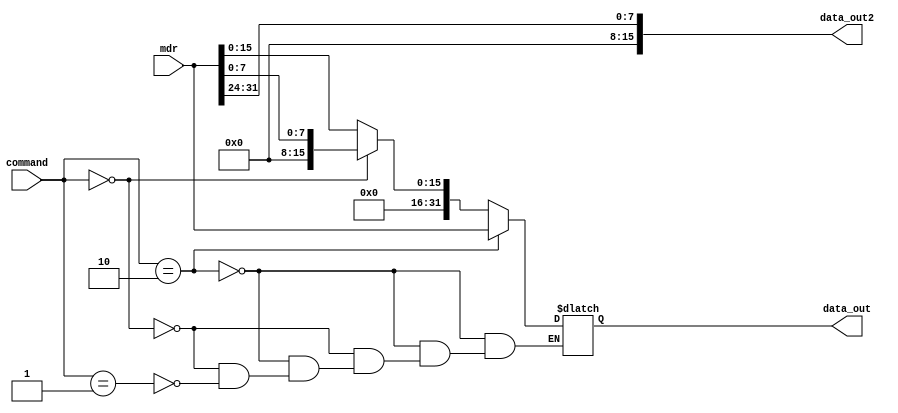
module load_size(

     input  wire [1:0] command,
     input  wire [31:0] mdr,
     output wire [15:0] data_out2, //para baixo (mux extend) (mux_wd_registers)
     output reg [31:0] data_out //para cima (mux_wd_registers)

);
   
   /*
O load size  um bloco que ir receber um valor de 32 bits do MDR e um sinal de 2 bits da unidade de controle
Ele tem duas saidas:

Saida 1: 
	Ir analisar um sinal de entrada de 2 bits (00 -> byte, 01 -> halfword e 10 -> word)
	Em 00, dever pegar o byte (1x8 = 8) menos significativo (8 ltimos) do MDR e concatenar um montao de zero a esquerda at virar um numero de 32 bits
	Em 01, dever pegar os 2 bytes (2x8 = 16) menos significativos (16 ltimos) do MDR e concatenar um montao de zero a esquerda at virar um numero de 32 bits
	Em 10, dever colocar na saida o valor vindo do MDR
Saida 2:
	SEMPRE ir pegar o byte (1x8 = 8) mais significativo (8 primeiros) do MDR e concatenar um monto de zero a esquerda at virar um numero de 16 bits
   */

   assign data_out2 = {{8{1'b0}}, mdr[31:24]};

   always @ (*) begin

        if (command == 2'b10) begin //load word
            data_out = mdr;
        end
        else if (command == 2'b00) begin //load byte
            data_out = {24'd0, mdr[7:0]};
        end
        else if (command == 2'b01) begin //load halfword
            data_out = {16'd0, mdr[15:0]};
        end
    end

endmodule